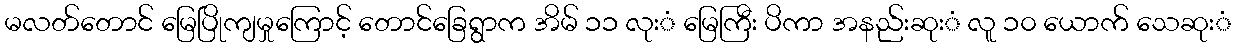
မလတ်တောင် မြေပြိုကျမှုကြောင့် တောင်ခြေရွာက အိမ် ၁၁ လုးံ မြေကြီး ပိကာ အနည်းဆုးံ လူ ၁၀ ယောက် သေဆုးံ